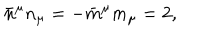
LaTeX: \bar { n } ^ { \mu } n _ { \mu } = - \bar { m } ^ { \mu } m _ { \mu } = 2 ,